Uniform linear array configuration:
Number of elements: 12
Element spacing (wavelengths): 0.5
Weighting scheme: kaiser
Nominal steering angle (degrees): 15
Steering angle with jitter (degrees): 13.517
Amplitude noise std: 0.05
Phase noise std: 0.05

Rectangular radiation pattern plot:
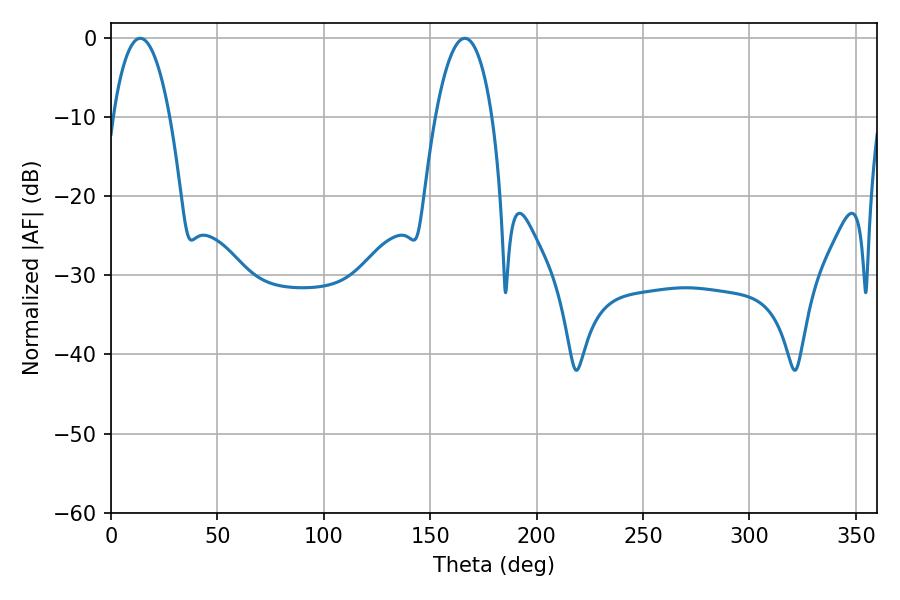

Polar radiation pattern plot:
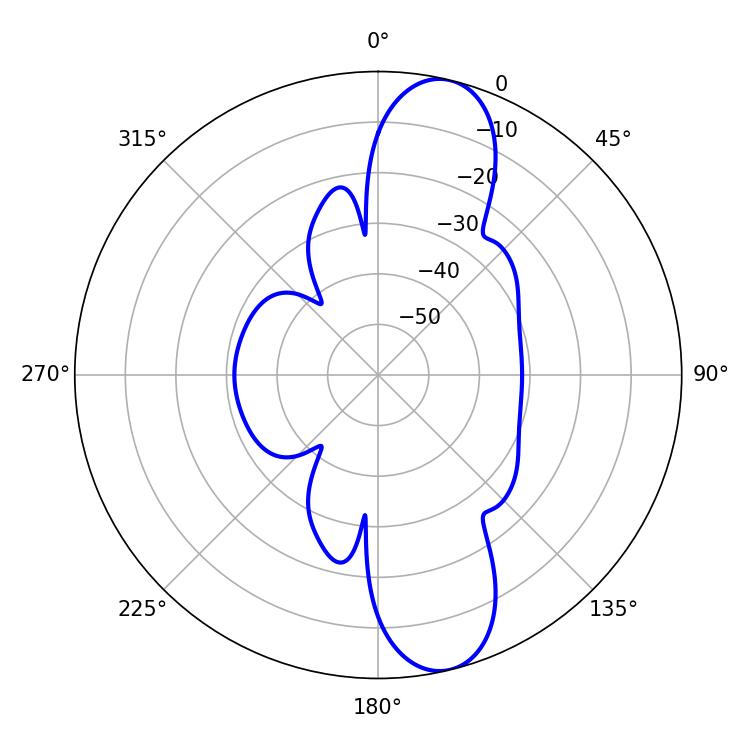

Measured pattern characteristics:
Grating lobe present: FALSE
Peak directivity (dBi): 11.728
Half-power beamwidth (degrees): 14.94
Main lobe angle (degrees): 13.68